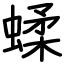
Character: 蝚